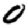
Digit: 0